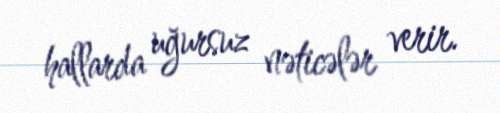
hallarda uğursuz nəticələr verir.